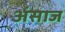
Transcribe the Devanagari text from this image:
अंसाज